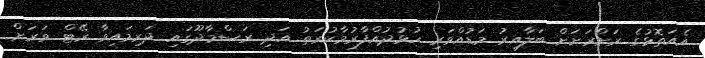
އެއަތޮޅުގެ ރަށްރަށަށް ބަލާއިރު މަޑުއްވަރި ހުޅުދުއްފާރުމާކުރަތު އަދި ރަސްމާދޫގައި ދަރިމައިވާ ރޭޓް ވަރަށް